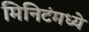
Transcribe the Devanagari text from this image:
मिनिटंमध्ये